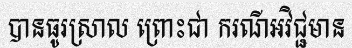
បានធូរស្រាល ព្រោះជា ករណីអវិជ្ជមាន